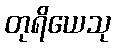
တုရိယေသု